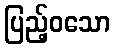
ပြည့်ဝသော